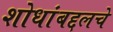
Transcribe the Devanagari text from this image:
शोधांबद्दलचे